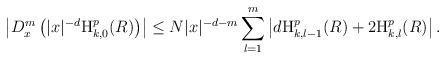
LaTeX: \begin{align*}\left|D_{x}^{m}\left(|x|^{-d} \textnormal{H}_{k,0}^{p}(R)\right)\right|\leq N|x|^{-d-m}\sum_{l=1}^{m}\left|d\textnormal{H}_{k,l-1}^{p}(R)+2\textnormal{H}_{k,l}^{p}(R)\right|.\end{align*}